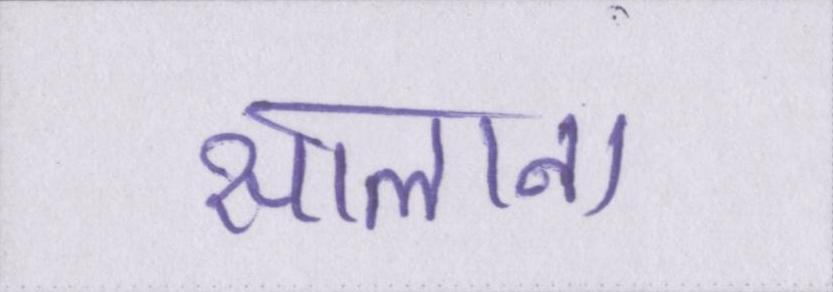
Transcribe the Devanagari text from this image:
सालाना